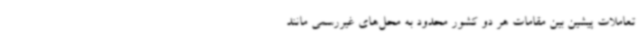
تعاملات پیشین بین مقامات هر دو کشور محدود به محل‌های غیررسمی مانند